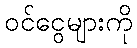
ဝင်ငွေများကို